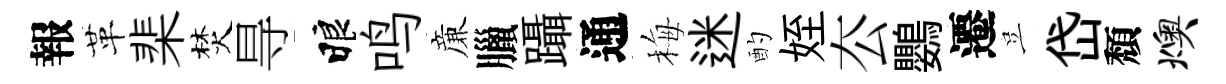
報革棐焚㝵睱鸣亷臘躡通梅迷酌姪厺鸚遷豈岱頽燠